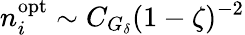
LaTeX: n_{i}^{\mathrm{opt}}\sim C_{G_{\delta}}(1-\zeta)^{-2}